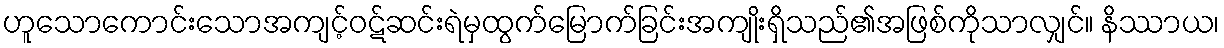
ဟူသောကောင်းသောအကျင့်ဝဋ်ဆင်းရဲမှထွက်မြောက်ခြင်းအကျိုးရှိသည်၏အဖြစ်ကိုသာလျှင်။ နိဿာယ၊